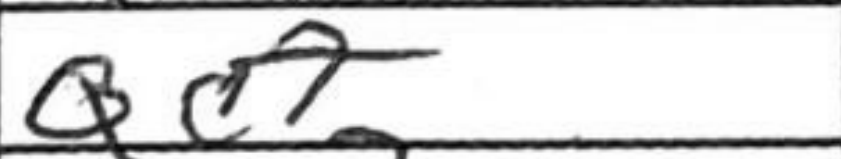
Transcription: Qc7